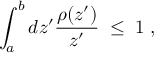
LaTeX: \int _ { a } ^ { b } d z ^ { \prime } { \frac { \rho ( z ^ { \prime } ) } { z ^ { \prime } } } \; \leq \; 1 \; ,